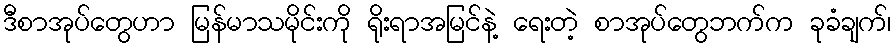
ဒီစာအုပ်တွေဟာ မြန်မာသမိုင်းကို ရိုးရာအမြင်နဲ့ ရေးတဲ့ စာအုပ်တွေဘက်က ခုခံချက်၊